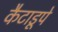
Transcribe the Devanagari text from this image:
कैटाडूपे